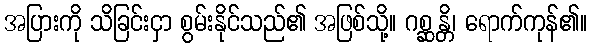
အပြားကို သိခြင်းငှာ စွမ်းနိုင်သည်၏ အဖြစ်သို့။ ဂစ္ဆန္တိ၊ ရောက်ကုန်၏။